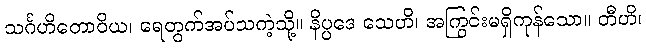
သင်္ဂဟိတောဝိယ၊ ရေတွက်အပ်သကဲ့သို့။ နိပ္ပဒေ သေဟိ၊ အကြွင်းမရှိကုန်သော။ တီဟိ၊